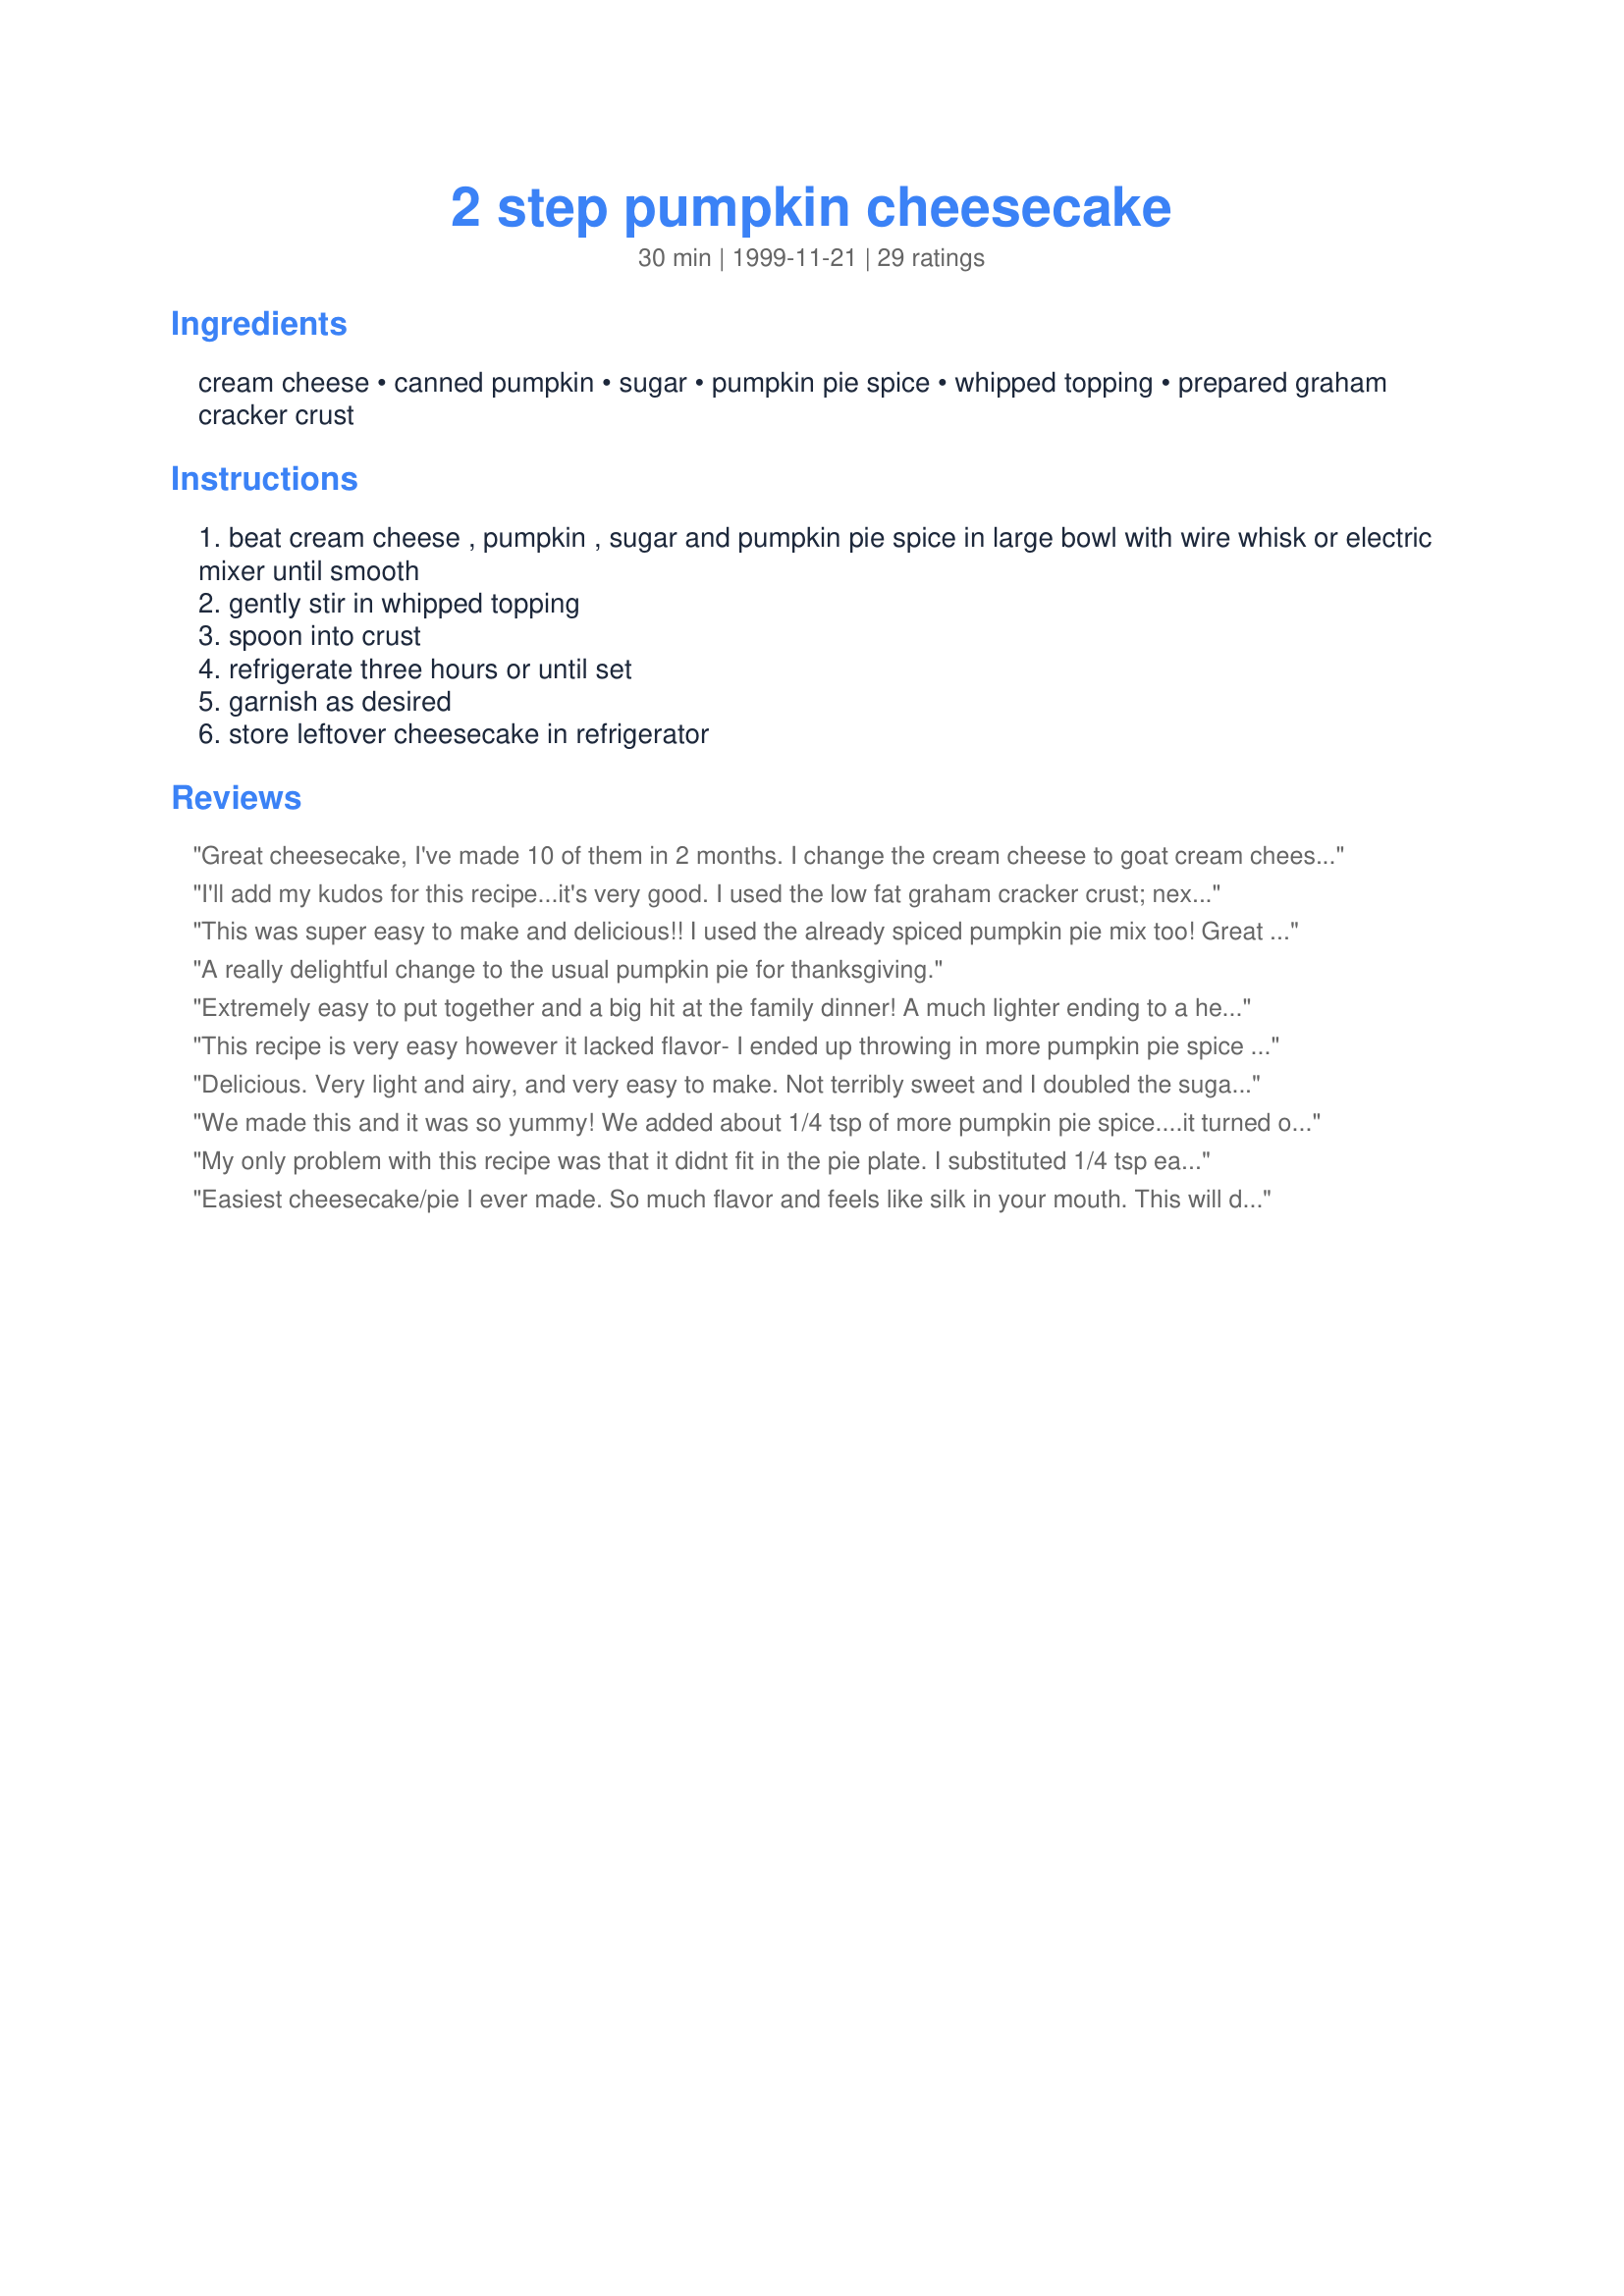
2 step pumpkin cheesecake
Preparation time: 30 minutes

Ingredients:
cream cheese, canned pumpkin, sugar, pumpkin pie spice, whipped topping, prepared graham cracker crust

Steps:
beat cream cheese , pumpkin , sugar and pumpkin pie spice in large bowl with wire whisk or electric mixer until smooth
gently stir in whipped topping
spoon into crust
refrigerate three hours or until set
garnish as desired
store leftover cheesecake in refrigerator

Reviews:
Great cheesecake, I've made 10 of them in 2 months. I change the cream cheese to goat cream cheese and friends always ask for this one.Ihave made it with a gingersnap crust also.I rate this cheese cake a 5 star +. Thank You Nany
I'll add my kudos for this recipe...it's very good. I used the low fat graham cracker crust; next time I'd opt for ginger cookie crust. Also used 1/3 less fat cream cheese, mostly Splenda and only half of the Cool Whip. The latter I used less of to keep more intensity of flavor in the pie. All seemed to work really well. Thanks.
This was super easy to make and delicious!! I used the already spiced pumpkin pie mix too! Great recipe!!
A really delightful change to the usual pumpkin pie for thanksgiving.
Extremely easy to put together and a big hit at the family dinner! A much lighter ending to a heavy Thanksgiving dinner. I did find it bland as listed, so I added quite a bit of additional spices: ginger, cinnamon, allspice, nutmeg, cloves... I just kept adding a dash here and a dash there until it was the flavor I wanted.
This recipe is very easy however it lacked flavor- I ended up throwing in more pumpkin pie spice just to make it taste a little bit like pumpkin pie. Also, mine never really felt like a cheese cake. I would rename it Pumpin Cream Pie
Delicious. Very light and airy, and very easy to make. Not terribly sweet and I doubled the sugar, so if your looking for a rich, dense cheesecake this isn't it.
We made this and it was so yummy! We added about 1/4 tsp of more pumpkin pie spice....it turned out wonderful!
My only problem with this recipe was that it didnt fit in the pie plate. I substituted 1/4 tsp each cinnamon and nutmeg for the pumpkin pie spice and the filling was so rich it almost tasted like a pumpkin mousse. I am planning on making a crustless version to finish off the can of pumpkin, Absolutely delicious, thank you
Easiest cheesecake/pie I ever made. So much flavor and feels like silk in your mouth. This will definitely be a repeat.
This was a fantastic recipe that was so easy to make. I'm not much of a baker, so this was right up my alley. I used low fat cream cheese and fat free whipped topping, and it still tasted delicious. I didn't have any pumpkin pie spice on hand, so I mixed together some cinnamon(1/4 tsp), ginger (1/4 tsp), allspice (1/16 tsp) and nutmeg (1/16 tsp). All in all... it was delicious, a recipe that I'll be making every Thanksgiving and Christmas!
I liked this tremendously. I did take some advice from the other reviewers and added more pumpkin pie spice. I also added extra pumpkin, but used about half the whipped topping. Super easy! 
Brought it into work and everyone wanted the recipe.
Thanks for sharing!
I made this for Xmas dinner and it was a huge hit with my family. Like previous reviews, it is more of a mousse type texture as apposed to a cheesecake texture. But that is why we loved it. I'm sure that if you wanted a denser pie you could add a bit more pumpkin filling and less whipped topping. I followed the recipe to the word and it turned out soooooo tasty, I know I"ll be making this for years to come, Thank you!
It was light and airy! Delish!
This is a great quick,easy,tasy cheescake.
the hardest thing about it is waiting for it to cool. Yum!

Jinx
This was the easiest recipe ever. I will definitely make over and over again. And it was delicous too!!!
OH MY...this was SOOOO easy to make and so delicious! Instead of canned pumpkin and spices, I used the can pumpkin pie mix which already has the spices in it. Definitely will be a yearly dessert in our household!!
So simple to make and such a hit at the Thanksgiving table this year!! Definately will become a traditional dish at our house each Thanksgiving!!
Thank you for posting this recipe. I made it for my Aunt Rita&#039;s annual Thanksgiving party, which has been celebrated every year for the past 28 years. It was a big hit. I give it 5 stars because it was so easy and quick to make and so very delicious. This pie will be part of our Thanksgiving feast and Christmas Holiday from now on. Thank you Dancer.
Very easy and delicious!
Fantastic! It's certainly not a typical cheesecake, but amazing as it is!
This cheesecake was a hit with my family. I'll make it every Thanksgiving from now on. It was so easy to make. I loved it. UPDATE: My family loved this so much. I made three times in one month.
This is really good and really, really easy...which is great! I made it for a Thanksgiving party at work, and again for the family on Thanksgiving. Everyone loved it.
I've been making this recipe for three years now, and the only addition is I shave chocolate over the top of it, which adds a great flavor.
I had a craving for cheesecake last night, this was so simple to make so I whipped it up real quick, didn't even give it time to set and get real cold. It was delicious!
I made this with 1/3 less fat cream cheese and fat free whipped cream, and it was still fabulous!!! Definitely try this if you're looking for a quick and easy recipe that tastes great!
This was a very light mousse or cream textured pie. That was not a bad thing....It tasted wonderful. I added pumpkin pie spice and pumpkin pie pie filling which had spices. Would recommend to put only a small amount of whipped cream. Thank you for a great but simple recipe!
Excellent taste. This came out more like mouse though than a cheesecake. It was really soft and barely held it's shape when I served it. It tasted excellent though and both of the pies I made disappeared.
I was slightly disappointed because I was hoping for more of a thick cheesecake, but instead it was fluffier like a mousse. My husband and I both enjoyed it and I would definitely make it again.
